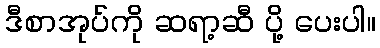
ဒီစာအုပ်ကို ဆရာ့ဆီ ပို့ ပေးပါ။